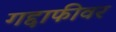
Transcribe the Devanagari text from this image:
गद्दाफीवर